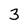
Character: 3